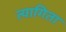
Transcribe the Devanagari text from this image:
त्यागिता